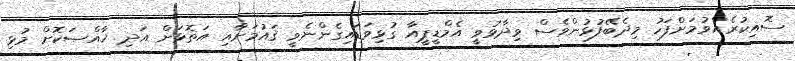
ސޮއިކުރެއްވުމަށްފަހު މިދެބޭފުޅުންވެސް ވިދާޅުވީ އެމްޑީޕީއާ ގުޅިވަޑައިގެންނެވީ ޤައުމަށާއި އަތޮޅަށް އަދި ޚާއްޞަކޮށް މުޅި